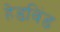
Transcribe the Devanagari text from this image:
हेडविंड